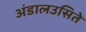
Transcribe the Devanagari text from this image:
अंडालउसिते